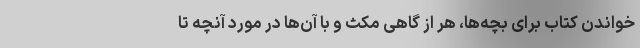
خواندن کتاب برای بچه‌ها، هر از گاهی مکث و با آن‌ها در مورد آنچه تا